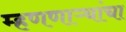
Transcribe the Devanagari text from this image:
म्हणणाऱ्यांचा